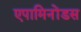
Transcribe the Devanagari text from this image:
एपामिनोंडस